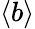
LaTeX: \left<b\right>